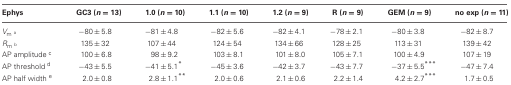
<table><thead><tr><td><b>Ephys</b></td><td><b>GC3 (<i>n</i> = 13)</b></td><td><b>1.0 (<i>n</i> = 10)</b></td><td><b>1.1 (<i>n</i> = 10)</b></td><td><b>1.2 (<i>n</i> = 9)</b></td><td><b>R (<i>n</i> = 9)</b></td><td><b>GEM (<i>n</i> = 9)</b></td><td><b>no exp (<i>n</i> = 11)</b></td></tr></thead><tbody><tr><td><i>V</i><sub>m</sub><sup>a</sup></td><td>−80 ± 5.8</td><td>−81 ± 4.8</td><td>−82 ± 5.6</td><td>−82 ± 4.1</td><td>−78 ± 2.1</td><td>−80 ± 3.8</td><td>−82 ± 8.7</td></tr><tr><td><i>R</i><sub>m</sub><sup>b</sup></td><td>135 ± 32</td><td>107 ± 44</td><td>124 ± 54</td><td>134 ± 66</td><td>128 ± 25</td><td>113 ± 31</td><td>139 ± 42</td></tr><tr><td>AP amplitude <sup>c</sup></td><td>100 ± 6.8</td><td>98 ± 9.2</td><td>103 ± 8.1</td><td>101 ± 8.0</td><td>105 ± 7.1</td><td>100 ± 4.9</td><td>107 ± 19</td></tr><tr><td>AP threshold <sup>d</sup></td><td>−43 ± 5.5</td><td>−41 ± 5.1<sup>*</sup></td><td>−45 ± 3.6</td><td>−42 ± 3.7</td><td>−43 ± 7.7</td><td>−37 ± 5.5<sup>***</sup></td><td>−47 ± 7.4</td></tr><tr><td>AP half width <sup>e</sup></td><td>2.0 ± 0.8</td><td>2.8 ± 1.1<sup>**</sup></td><td>2.0 ± 0.6</td><td>2.1 ± 0.6</td><td>2.2 ± 1.4</td><td>4.2 ± 2.7<sup>***</sup></td><td>1.7 ± 0.5</td></tr></tbody></table>